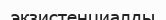
экзистенциалды